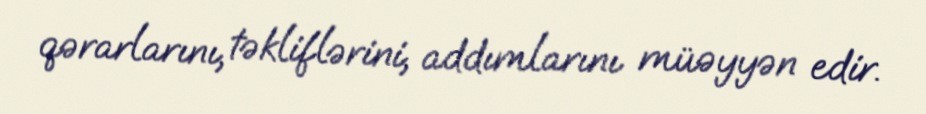
qərarlarını, təkliflərini, addımlarını müəyyən edir.